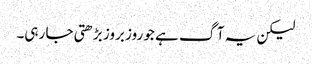
لیکن یہ آگ ہے جو روز بروز بڑھتی جا رہی۔